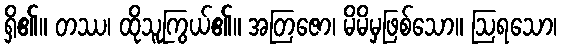
ရှိ၏။ တဿ၊ ထိုသူကြွယ်၏။ အတြဇော၊ မိမိမှဖြစ်သော။ ဩရသော၊